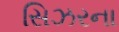
સિઝરના